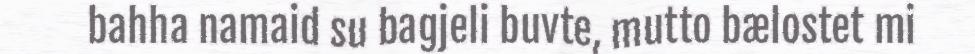
bahha namaid su bagjeli buvte, mutto bælostet mi